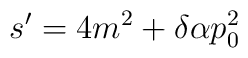
s'=4m^{2}+\delta \alpha p^{2}_{0}\protect \protect